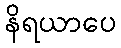
နိရယာပေ